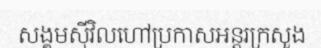
សង្គមស៊ីវិលហៅប្រកាសអន្តរក្រសួង